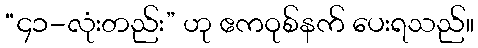
“၄၁-လုံးတည်း” ဟု ဧကဝုစ်နက် ပေးရသည်။